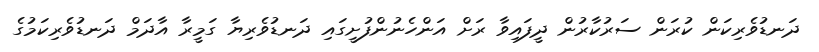
ދަނޑުވެރިކަން ކުރަން ސަރުކާރުން ދީފައިވާ ރަށް އަންހެނުންފުށީގައި ދަނޑުވެރިޔާ ގަމީރާ އާދަމް ދަނޑުވެރިކަމުގެ